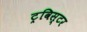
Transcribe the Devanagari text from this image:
ट्रविस्टर